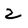
Character: 2